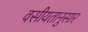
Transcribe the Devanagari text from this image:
वसीयतानुसार